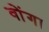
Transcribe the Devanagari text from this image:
वोंगा